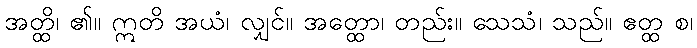
အတ္ထိ၊ ၏။ ဣတိ အယံ၊ လျှင်။ အတ္ထော၊ တည်း။ သေသံ၊ သည်။ ဧတ္ထ စ၊